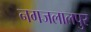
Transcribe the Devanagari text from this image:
नगजलालपुर